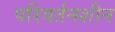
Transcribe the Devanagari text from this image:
परिवर्तनशीन